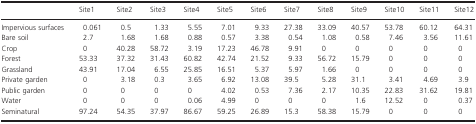
<table><thead><tr><td></td><td><b>Site1</b></td><td><b>Site2</b></td><td><b>Site3</b></td><td><b>Site4</b></td><td><b>Site5</b></td><td><b>Site6</b></td><td><b>Site7</b></td><td><b>Site8</b></td><td><b>Site9</b></td><td><b>Site10</b></td><td><b>Site11</b></td><td><b>Site12</b></td></tr></thead><tbody><tr><td>Impervious surfaces</td><td>0.061</td><td>0.5</td><td>1.33</td><td>5.55</td><td>7.01</td><td>9.33</td><td>27.38</td><td>33.09</td><td>40.57</td><td>53.78</td><td>60.12</td><td>64.31</td></tr><tr><td>Bare soil</td><td>2.7</td><td>1.68</td><td>1.68</td><td>0.88</td><td>0.57</td><td>3.38</td><td>0.54</td><td>1.08</td><td>0.58</td><td>7.46</td><td>3.56</td><td>11.61</td></tr><tr><td>Crop</td><td>0</td><td>40.28</td><td>58.72</td><td>3.19</td><td>17.23</td><td>46.78</td><td>9.91</td><td>0</td><td>0</td><td>0</td><td>0</td><td>0</td></tr><tr><td>Forest</td><td>53.33</td><td>37.32</td><td>31.43</td><td>60.82</td><td>42.74</td><td>21.52</td><td>9.33</td><td>56.72</td><td>15.79</td><td>0</td><td>0</td><td>0</td></tr><tr><td>Grassland</td><td>43.91</td><td>17.04</td><td>6.55</td><td>25.85</td><td>16.51</td><td>5.37</td><td>5.97</td><td>1.66</td><td>0</td><td>0</td><td>0</td><td>0</td></tr><tr><td>Private garden</td><td>0</td><td>3.18</td><td>0.3</td><td>3.65</td><td>6.92</td><td>13.08</td><td>39.5</td><td>5.28</td><td>31.1</td><td>3.41</td><td>4.69</td><td>3.9</td></tr><tr><td>Public garden</td><td>0</td><td>0</td><td>0</td><td>0</td><td>4.02</td><td>0.53</td><td>7.36</td><td>2.17</td><td>10.35</td><td>22.83</td><td>31.62</td><td>19.81</td></tr><tr><td>Water</td><td>0</td><td>0</td><td>0</td><td>0.06</td><td>4.99</td><td>0</td><td>0</td><td>0</td><td>1.6</td><td>12.52</td><td>0</td><td>0.37</td></tr><tr><td>Seminatural</td><td>97.24</td><td>54.35</td><td>37.97</td><td>86.67</td><td>59.25</td><td>26.89</td><td>15.3</td><td>58.38</td><td>15.79</td><td>0</td><td>0</td><td>0</td></tr></tbody></table>